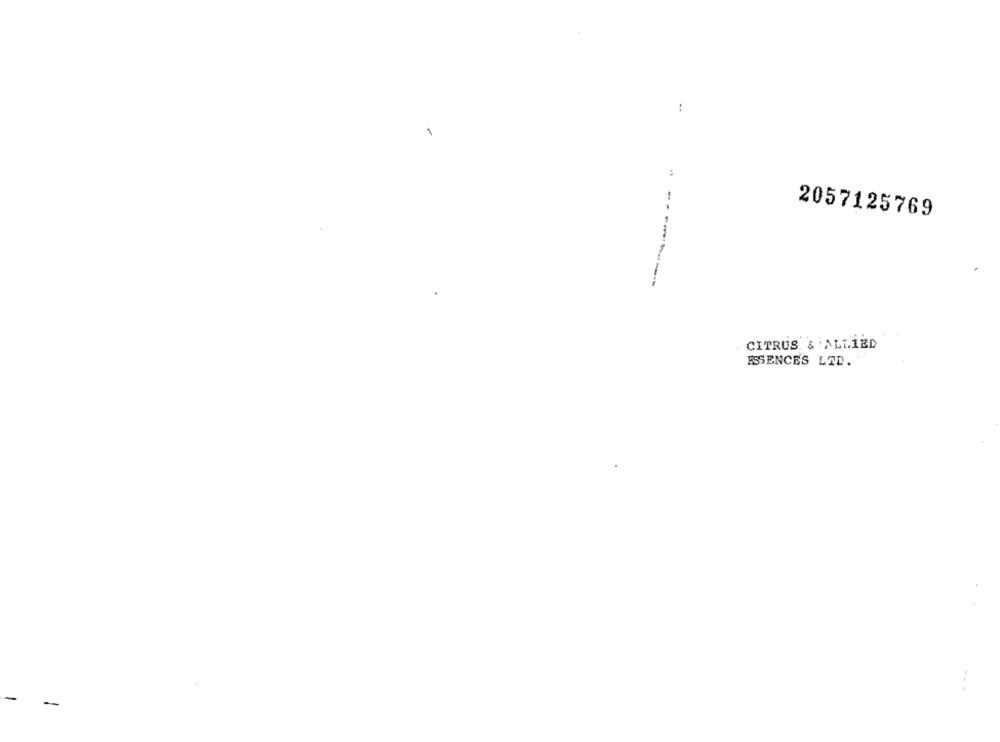
:
.
2057125769
CITRUS & ALLIED
ESSENCES LED.